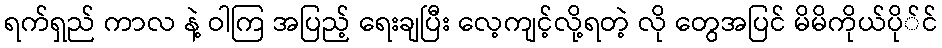
ရက်ရှည် ကာလ နဲ့ ဝါကြ အပြည့် ရေးချပြီး လေ့ကျင့်လို့ရတဲ့ လို တွေအပြင် မိမိကိုယ်ပို်င်